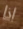
اذا